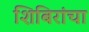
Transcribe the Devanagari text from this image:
शिबिरांचा